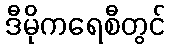
ဒီမိုကရေစီတွင်